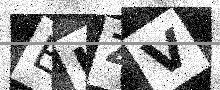
Text: EUZV